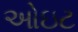
ઓઇટ